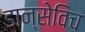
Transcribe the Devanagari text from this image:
डान्सेविच